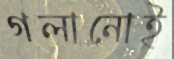
গলানোই